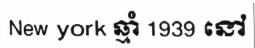
New york ឆ្មាំ 1939 នៅ